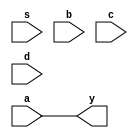
module mux4 #(
    parameter reg WIDTH = 8
) (
    s,
    a,
    b,
    c,
    d,
    y
);

  input [1:0] s;
  input [WIDTH-1:0] a, b, c, d;
  output reg [WIDTH-1:0] y;

  always @(s or a or b or c or d) begin
    case (s)
      default y = a;
      0: y = a;
      1: y = b;
      2: y = c;
      3: y = d;
    endcase
  end

endmodule  //mux4